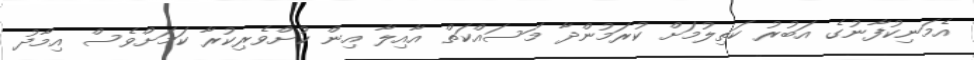
އެމަނިކުފާނުގެ އަބުރު ކަތިލުމަށް ކުރަމުންދާ މަސައްކަތް އާއިލާ އިން ކުށްވެރިކުރާ ކަަމަށްވެސް އިމާދު